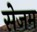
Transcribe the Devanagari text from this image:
सेजम